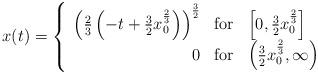
LaTeX: \begin{align*}x(t) = \left\lbrace \begin{array}{rcl} \left( \frac{2}{3} \left(- t + \frac{3}{2} x_0^{\frac{2}{3}}\right) \right)^{\frac{3}{2}} & \mbox{for} & \left[0, \frac{3}{2} x_0^{\frac{2}{3}}\right] \\0 & \mbox{for} & \left(\frac{3}{2} x_0^{\frac{2}{3}}, \infty \right) \\\end{array}\right.\end{align*}